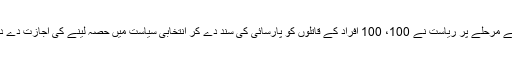
اگلے مرحلے پر ریاست نے 100، 100 افراد کے قاتلوں کو پارسائی کی سند دے کر انتخابی سیاست میں حصہ لینے کی اجازت دے دی۔